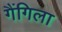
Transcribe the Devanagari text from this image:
गैंगिला